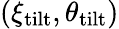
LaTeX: (\xi_{\mathrm{tilt}},\theta_{\mathrm{tilt}})